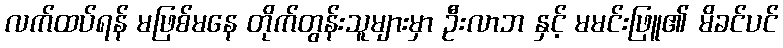
လက်ထပ်ရန် မဖြစ်မနေ တိုက်တွန်းသူများမှာ ဦးလာဘ နှင့် မမင်းဖြူ၏ မိခင်ပင်